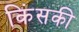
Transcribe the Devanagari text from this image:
किंसकी